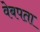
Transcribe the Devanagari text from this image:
वेबपता